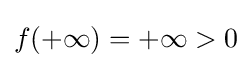
f(+\infty )=+\infty >0